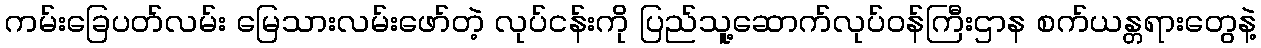
ကမ်းခြေပတ်လမ်း မြေသားလမ်းဖော်တဲ့ လုပ်ငန်းကို ပြည်သူ့ဆောက်လုပ်ဝန်ကြီးဌာန စက်ယန္တရားတွေနဲ့